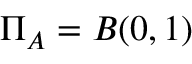
\Pi _ { A } = B ( 0 , 1 )